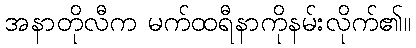
အနာတိုလီက မက်ထရီနာကိုနမ်းလိုက်၏။